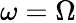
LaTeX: \omega=\Omega